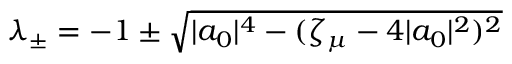
\begin{array} { r } { \lambda _ { \pm } = - 1 \pm \sqrt { | a _ { 0 } | ^ { 4 } - ( \zeta _ { \mu } - 4 | a _ { 0 } | ^ { 2 } ) ^ { 2 } } } \end{array}